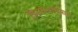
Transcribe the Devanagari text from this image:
डिसरिथमियास